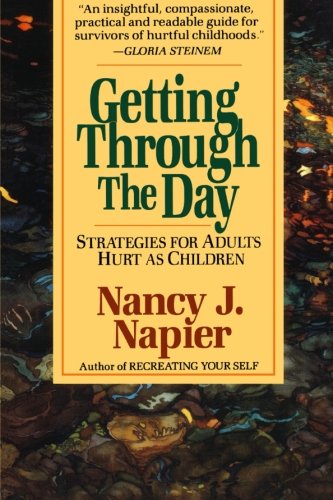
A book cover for Getting Through the Day: Strategies for Adults Hurt as Children; Nancy J. Napier; Health, Fitness & Dieting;